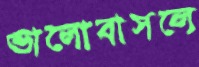
ভালোবাসলে